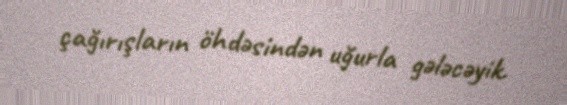
çağırışların öhdəsindən uğurla gələcəyik.